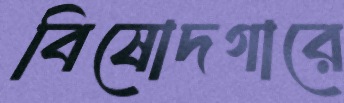
বিষোদগারে